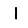
Digit: 1